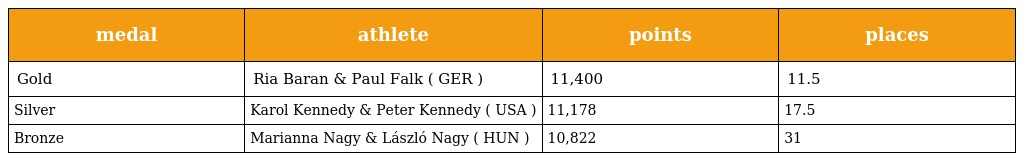
| medal | athlete | points | places |
 | --- | --- | --- | --- |
 | Gold | Ria Baran & Paul Falk ( GER ) | 11,400 | 11.5 |
 | Silver | Karol Kennedy & Peter Kennedy ( USA ) | 11,178 | 17.5 |
 | Bronze | Marianna Nagy & László Nagy ( HUN ) | 10,822 | 31 |